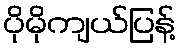
ပိုမိုကျယ်ပြန့်